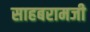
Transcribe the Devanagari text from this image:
साहबरामजी